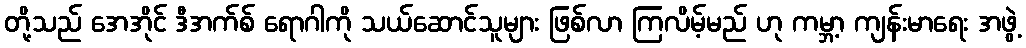
တို့သည် အေအိုင် ဒီအက်စ် ရောဂါကို သယ်ဆောင်သူများ ဖြစ်လာ ကြလိမ့်မည် ဟု ကမ္ဘာ့ ကျန်းမာရေး အဖွဲ့